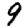
Digit: 9